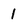
Character: 1